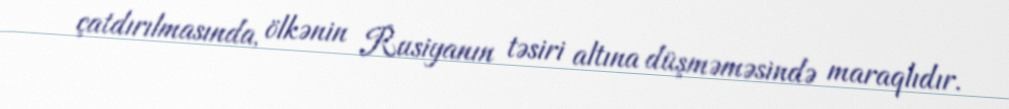
çatdırılmasında, ölkənin Rusiyanın təsiri altına düşməməsində maraqlıdır.